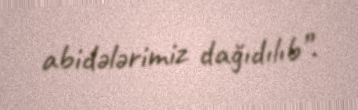
abidələrimiz dağıdılıb”.